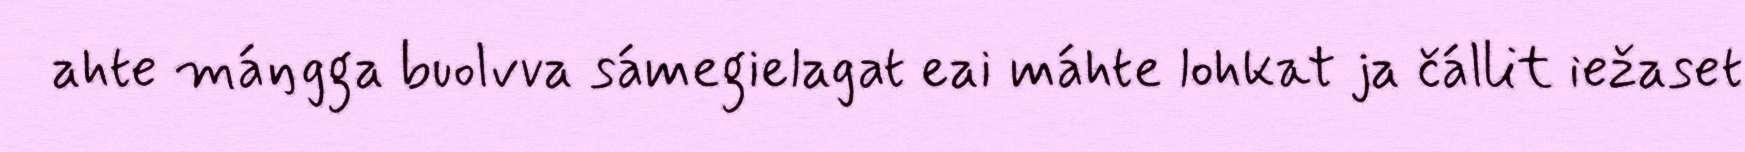
ahte máŋgga buolvva sámegielagat eai máhte lohkat ja čállit iežaset